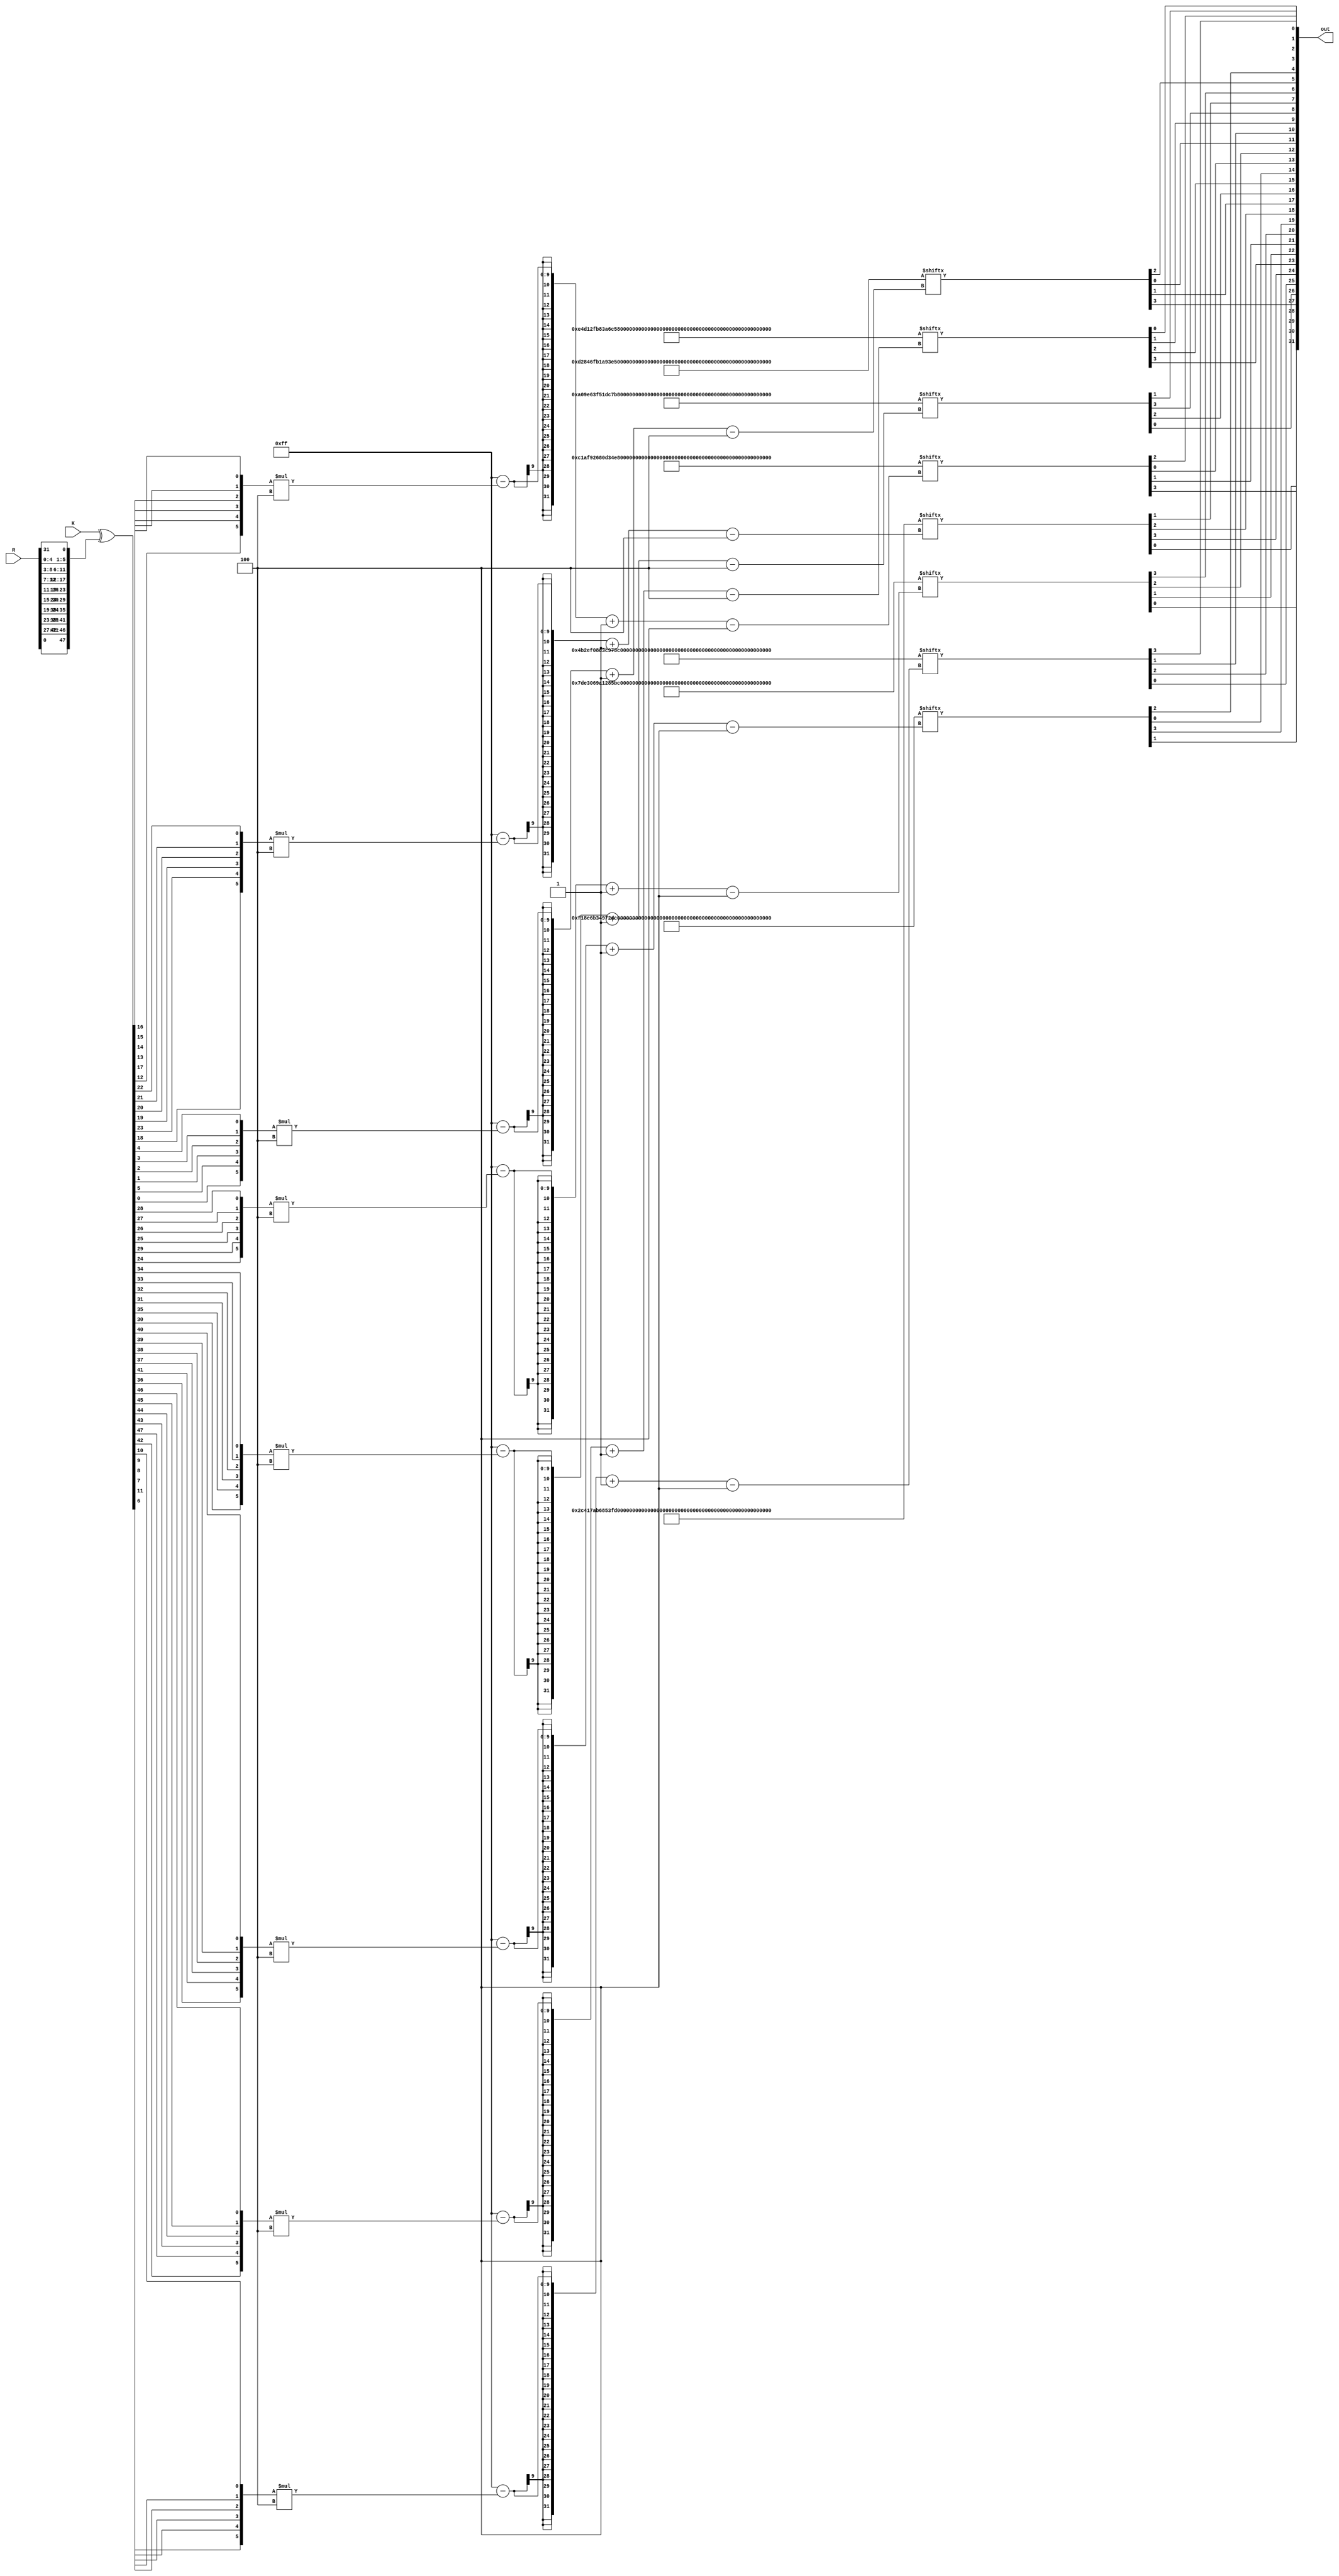
module f(
	input [31:0]R,
	input [47:0]K,
	output [31:0]out );

	wire [47:0] expand = {R[0], R[31], R[30], R[29], R[28], R[27], R[28], R[27], R[26], R[25], R[24], R[23], R[24], R[23], R[22], R[21], R[20], R[19], R[20], R[19], R[18], R[17], R[16], R[15], R[16], R[15], R[14], R[13], R[12], R[11], R[12], R[11], R[10], R[9], R[8], R[7], R[8], R[7], R[6], R[5], R[4], R[3], R[4], R[3], R[2], R[1], R[0], R[31]};


	wire [47:0] KplusE = K ^ expand;

	// S-BOX LUT
	// It is also possible to do this with RAM.
	parameter   S1 = {4'd14, 4'd4, 4'd13, 4'd1, 4'd2, 4'd15, 4'd11, 4'd8, 4'd3, 4'd10, 4'd6, 4'd12, 4'd5, 4'd9, 4'd0, 4'd7, 4'd0, 4'd15, 4'd7, 4'd4, 4'd14, 4'd2, 4'd13, 4'd1, 4'd10, 4'd6, 4'd12, 4'd11, 4'd9, 4'd5, 4'd3, 4'd8, 4'd4, 4'd1, 4'd14, 4'd8, 4'd13, 4'd6, 4'd2, 4'd11, 4'd15, 4'd12, 4'd9, 4'd7, 4'd3, 4'd10, 4'd5, 4'd0, 4'd15, 4'd12, 4'd8, 4'd2, 4'd4, 4'd9, 4'd1, 4'd7, 4'd5, 4'd11, 4'd3, 4'd14, 4'd10, 4'd0, 4'd6, 4'd13},
				S2 = {4'd15, 4'd1, 4'd8, 4'd14, 4'd6, 4'd11, 4'd3, 4'd4, 4'd9, 4'd7, 4'd2, 4'd13, 4'd12, 4'd0, 4'd5, 4'd10, 4'd3, 4'd13, 4'd4, 4'd7, 4'd15, 4'd2, 4'd8, 4'd14, 4'd12, 4'd0, 4'd1, 4'd10, 4'd6, 4'd9, 4'd11, 4'd5, 4'd0, 4'd14, 4'd7, 4'd11, 4'd10, 4'd4, 4'd13, 4'd1, 4'd5, 4'd8, 4'd12, 4'd6, 4'd9, 4'd3, 4'd2, 4'd15, 4'd13, 4'd8, 4'd10, 4'd1, 4'd3, 4'd15, 4'd4, 4'd2, 4'd11, 4'd6, 4'd7, 4'd12, 4'd0, 4'd5, 4'd14, 4'd9},
				S3 = {4'd10, 4'd0, 4'd9, 4'd14, 4'd6, 4'd3, 4'd15, 4'd5, 4'd1, 4'd13, 4'd12, 4'd7, 4'd11, 4'd4, 4'd2, 4'd8, 4'd13, 4'd7, 4'd0, 4'd9, 4'd3, 4'd4, 4'd6, 4'd10, 4'd2, 4'd8, 4'd5, 4'd14, 4'd12, 4'd11, 4'd15, 4'd1, 4'd13, 4'd6, 4'd4, 4'd9, 4'd8, 4'd15, 4'd3, 4'd0, 4'd11, 4'd1, 4'd2, 4'd12, 4'd5, 4'd10, 4'd14, 4'd7, 4'd1, 4'd10, 4'd13, 4'd0, 4'd6, 4'd9, 4'd8, 4'd7, 4'd4, 4'd15, 4'd14, 4'd3, 4'd11, 4'd5, 4'd2, 4'd12},
				S4 = {4'd7, 4'd13, 4'd14, 4'd3, 4'd0, 4'd6, 4'd9, 4'd10, 4'd1, 4'd2, 4'd8, 4'd5, 4'd11, 4'd12, 4'd4, 4'd15, 4'd13, 4'd8, 4'd11, 4'd5, 4'd6, 4'd15, 4'd0, 4'd3, 4'd4, 4'd7, 4'd2, 4'd12, 4'd1, 4'd10, 4'd14, 4'd9, 4'd10, 4'd6, 4'd9, 4'd0, 4'd12, 4'd11, 4'd7, 4'd13, 4'd15, 4'd1, 4'd3, 4'd14, 4'd5, 4'd2, 4'd8, 4'd4, 4'd3, 4'd15, 4'd0, 4'd6, 4'd10, 4'd1, 4'd13, 4'd8, 4'd9, 4'd4, 4'd5, 4'd11, 4'd12, 4'd7, 4'd2, 4'd14},
				S5 = {4'd2, 4'd12, 4'd4, 4'd1, 4'd7, 4'd10, 4'd11, 4'd6, 4'd8, 4'd5, 4'd3, 4'd15, 4'd13, 4'd0, 4'd14, 4'd9, 4'd14, 4'd11, 4'd2, 4'd12, 4'd4, 4'd7, 4'd13, 4'd1, 4'd5, 4'd0, 4'd15, 4'd10, 4'd3, 4'd9, 4'd8, 4'd6, 4'd4, 4'd2, 4'd1, 4'd11, 4'd10, 4'd13, 4'd7, 4'd8, 4'd15, 4'd9, 4'd12, 4'd5, 4'd6, 4'd3, 4'd0, 4'd14, 4'd11, 4'd8, 4'd12, 4'd7, 4'd1, 4'd14, 4'd2, 4'd13, 4'd6, 4'd15, 4'd0, 4'd9, 4'd10, 4'd4, 4'd5, 4'd3},
				S6 = {4'd12, 4'd1, 4'd10, 4'd15, 4'd9, 4'd2, 4'd6, 4'd8, 4'd0, 4'd13, 4'd3, 4'd4, 4'd14, 4'd7, 4'd5, 4'd11, 4'd10, 4'd15, 4'd4, 4'd2, 4'd7, 4'd12, 4'd9, 4'd5, 4'd6, 4'd1, 4'd13, 4'd14, 4'd0, 4'd11, 4'd3, 4'd8, 4'd9, 4'd14, 4'd15, 4'd5, 4'd2, 4'd8, 4'd12, 4'd3, 4'd7, 4'd0, 4'd4, 4'd10, 4'd1, 4'd13, 4'd11, 4'd6, 4'd4, 4'd3, 4'd2, 4'd12, 4'd9, 4'd5, 4'd15, 4'd10, 4'd11, 4'd14, 4'd1, 4'd7, 4'd6, 4'd0, 4'd8, 4'd13},
				S7 = {4'd4, 4'd11, 4'd2, 4'd14, 4'd15, 4'd0, 4'd8, 4'd13, 4'd3, 4'd12, 4'd9, 4'd7, 4'd5, 4'd10, 4'd6, 4'd1, 4'd13, 4'd0, 4'd11, 4'd7, 4'd4, 4'd9, 4'd1, 4'd10, 4'd14, 4'd3, 4'd5, 4'd12, 4'd2, 4'd15, 4'd8, 4'd6, 4'd1, 4'd4, 4'd11, 4'd13, 4'd12, 4'd3, 4'd7, 4'd14, 4'd10, 4'd15, 4'd6, 4'd8, 4'd0, 4'd5, 4'd9, 4'd2, 4'd6, 4'd11, 4'd13, 4'd8, 4'd1, 4'd4, 4'd10, 4'd7, 4'd9, 4'd5, 4'd0, 4'd15, 4'd14, 4'd2, 4'd3, 4'd12},
				S8 = {4'd13, 4'd2, 4'd8, 4'd4, 4'd6, 4'd15, 4'd11, 4'd1, 4'd10, 4'd9, 4'd3, 4'd14, 4'd5, 4'd0, 4'd12, 4'd7, 4'd1, 4'd15, 4'd13, 4'd8, 4'd10, 4'd3, 4'd7, 4'd4, 4'd12, 4'd5, 4'd6, 4'd11, 4'd0, 4'd14, 4'd9, 4'd2, 4'd7, 4'd11, 4'd4, 4'd1, 4'd9, 4'd12, 4'd14, 4'd2, 4'd0, 4'd6, 4'd10, 4'd13, 4'd15, 4'd3, 4'd5, 4'd8, 4'd2, 4'd1, 4'd14, 4'd7, 4'd4, 4'd10, 4'd8, 4'd13, 4'd15, 4'd12, 4'd9, 4'd0, 4'd3, 4'd5, 4'd6, 4'd11};			


	//			

	wire [5:0]B1 = {KplusE[47:42]};
	wire [5:0]B2 = {KplusE[41:36]};
	wire [5:0]B3 = {KplusE[35:30]};
	wire [5:0]B4 = {KplusE[29:24]};
	wire [5:0]B5 = {KplusE[23:18]};
	wire [5:0]B6 = {KplusE[17:12]};
	wire [5:0]B7 = {KplusE[11:6]};
	wire [5:0]B8 = {KplusE[5:0]};

	wire [31:0] concatS = {S1[255 - {B1[0], B1[5], B1[1], B1[2], B1[3], B1[4]} * 4 -:4], S2[255 - {B2[0], B2[5], B2[1], B2[2], B2[3], B2[4]} * 4 -:4], S3[255 - {B3[0], B3[5], B3[1], B3[2], B3[3], B3[4]} * 4 -:4], S4[255 - {B4[0], B4[5], B4[1], B4[2], B4[3], B4[4]} * 4 -:4], S5[255 - {B5[0], B5[5], B5[1], B5[2], B5[3], B5[4]} * 4 -:4], S6[255 - {B6[0], B6[5], B6[1], B6[2], B6[3], B6[4]} * 4 -:4],  S7[255 - {B7[0], B7[5], B7[1], B7[2], B7[3], B7[4]} * 4 -:4], S8[255 - {B8[0], B8[5], B8[1], B8[2], B8[3], B8[4]} * 4 -:4]};
	// 32 - P
	assign out = {concatS[16], concatS[25], concatS[12], concatS[11], concatS[3], concatS[20], concatS[4], concatS[15], concatS[31], concatS[17], concatS[9], concatS[6], concatS[27], concatS[14], concatS[1], concatS[22], concatS[30], concatS[24], concatS[8], concatS[18], concatS[0], concatS[5], concatS[29], concatS[23], concatS[13], concatS[19], concatS[2], concatS[26], concatS[10], concatS[21], concatS[28], concatS[7]};

//

endmodule